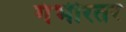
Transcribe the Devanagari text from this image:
गंभीरतर